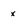
Character: x